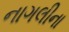
નાગલીના